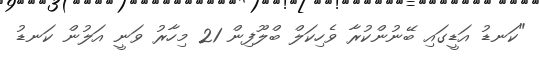
"ކަނޑު އަޑީގައި ބޭނުންކުރާ ވެހިކަލް ބްލޫފިން 21 މިހާރު ވަނީ އަލުން ކަނޑު